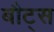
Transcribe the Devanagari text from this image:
बौट्स